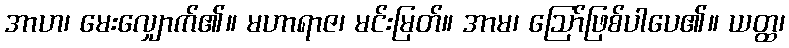
အာဟ၊ မေးလျှောက်၏။ မဟာရာဇ၊ မင်းမြတ်။ အာမ၊ ဩော်ဖြစ်ပါပေ၏။ ယတ္ထ၊